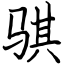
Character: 骐